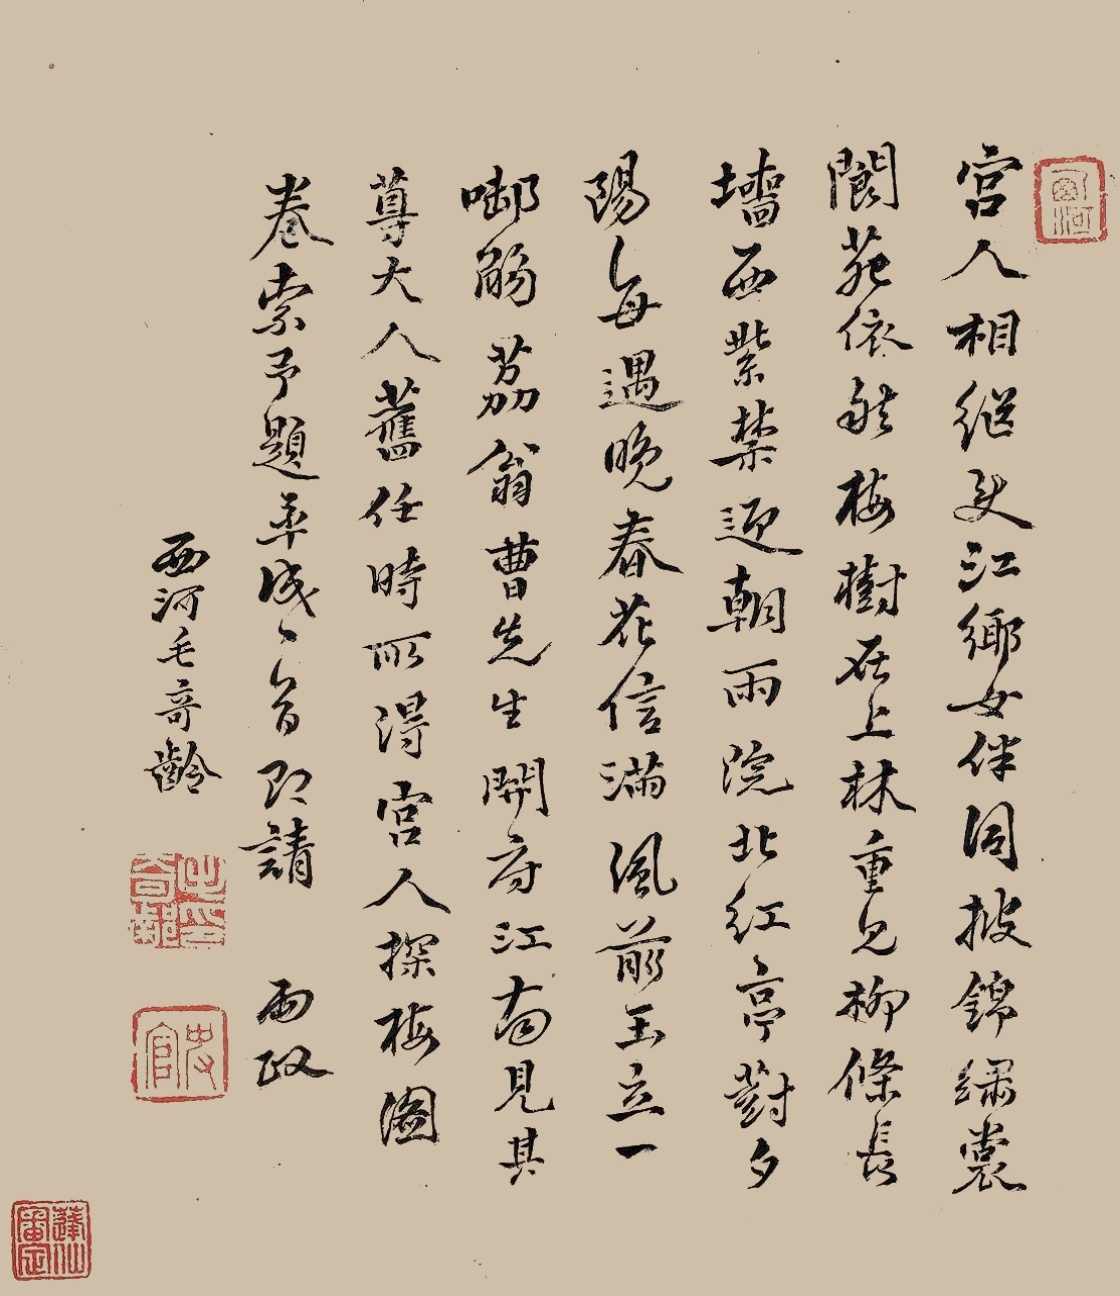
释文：宫人相继使江乡，女伴同披锦绣裳。阆苑依然梅树在，上林重见柳条长。墙西紫禁迎朝雨，院北红亭对夕阳。每遇晚春花信满，风前玉立一衔觞。荔翁曹先生开府江南，见其尊大人旧任时所得宫人探梅图卷，索予题，率成一首即请两政，西河毛奇龄。